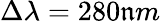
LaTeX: \Delta\lambda=280\mathfrak{n}m